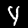
Digit: 4